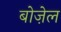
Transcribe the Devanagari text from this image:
बोज़ेल